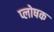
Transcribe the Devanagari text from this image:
प्लोषक